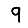
Digit: 9